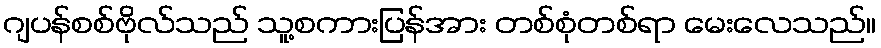
ဂျပန်စစ်ဗိုလ်သည် သူ့စကားပြန်အား တစ်စုံတစ်ရာ မေးလေသည်။